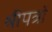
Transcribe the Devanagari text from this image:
श्रीपत्रों